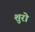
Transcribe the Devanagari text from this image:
शुरो